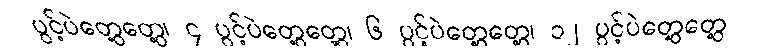
ပွင့်ပဲတွေ့တွေ့၊ ၄ ပွင့်ပဲတွေ့တွေ့၊ ၆ ပွင့်ပဲတွေ့တွေ့၊ ၁၂ ပွင့်ပဲတွေ့တွေ့